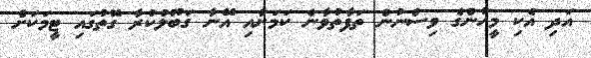
އަދި އެކި މީހުންގެ ވިސްނުން ތަފާތުވާނެ ކަމަށާއި އޭނާ ގަބޫލުކުރާ ގޮތުގައި ޓީމަކަށް